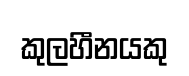
කුලහීනයකු